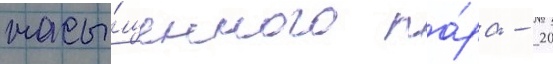
насы́щенного па́ра - 20